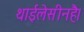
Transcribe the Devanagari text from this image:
थाईलेसीनहै।